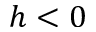
h < 0